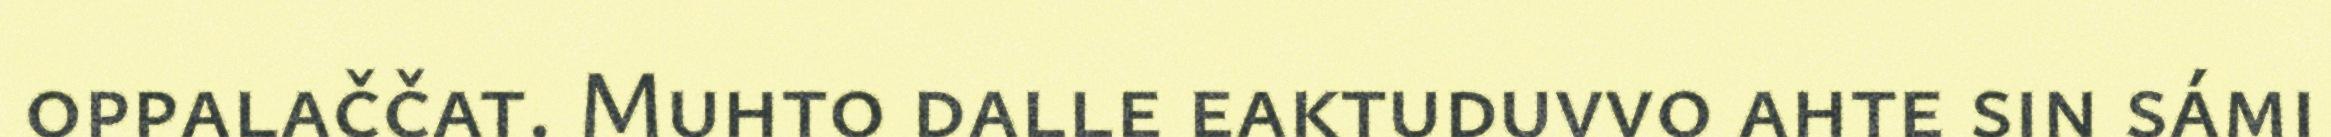
oppalaččat. Muhto dalle eaktuduvvo ahte sin sámi